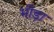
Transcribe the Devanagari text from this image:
भीड़ा